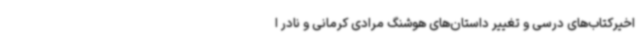
اخیرکتاب‌های درسی ‌و تغییر داستان‌های هوشنگ مرادی کرمانی و نادر ا